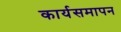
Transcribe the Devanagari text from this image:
कार्यसमापन